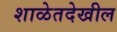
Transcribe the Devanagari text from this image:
शाळेतदेखील